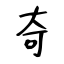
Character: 奇